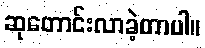
ဆုတောင်းလာခဲ့တာပါ။